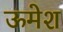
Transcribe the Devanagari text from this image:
ऊमेश